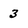
Character: 3